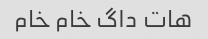
هات داگ خام خام